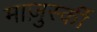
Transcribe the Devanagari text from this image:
माज़ुर्स्की